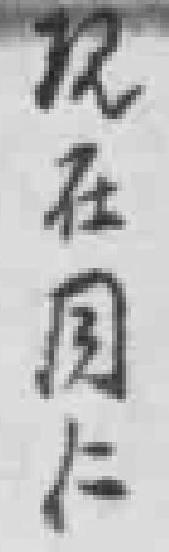
现在同仁